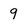
Character: 9